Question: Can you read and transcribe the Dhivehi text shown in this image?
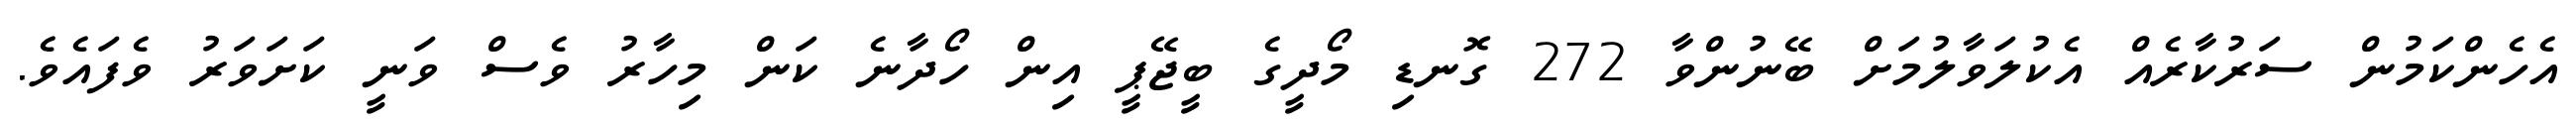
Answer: އެހެންކަމުން ސަރުކާރެއް އެކުލަވާލުމަށް ބޭނުންވާ 272 ގޮނޑި މޯދީގެ ބީޖޭޕީ އިން ހޯދާނެ ކަން މިހާރު ވެސް ވަނީ ކަށަވަރު ވެފައެވެ.